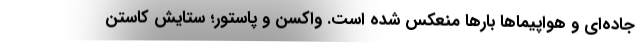
جاده‌ای و هواپیماها بارها منعکس شده است. واکسن و پاستور؛ ستایش کاستن